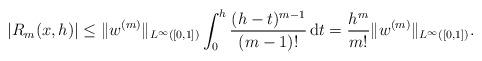
LaTeX: \begin{align*}|R_m(x,h)| \leq \|w^{(m)}\|_{L^{\infty}([0,1])} \int_0^h \frac{(h-t)^{m-1}}{(m-1)!}\, \mathrm{d}t = \frac{h^m}{m!} \|w^{(m)}\|_{L^{\infty}([0,1])}.\end{align*}